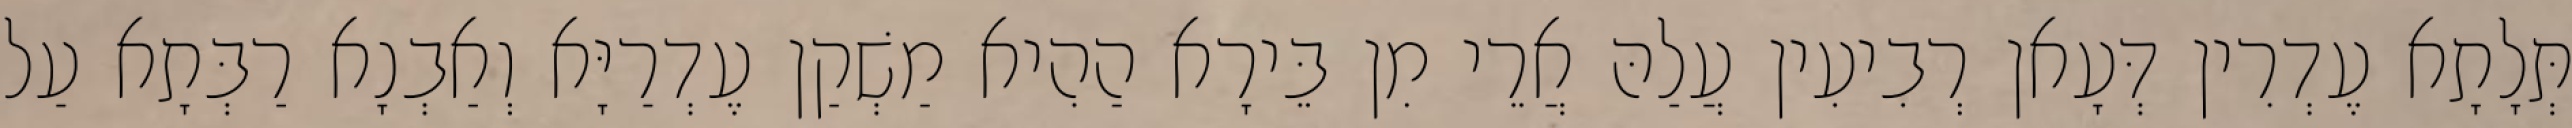
תְּלָתָא עֶדְרִין דְּעָאן רְבִיעִין עֲלַהּ אֲרֵי מִן בֵּירָא הַהִיא מַשְׁקַן עֶדְרַיָּא וְאַבְנָא רַבְּתָא עַל